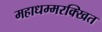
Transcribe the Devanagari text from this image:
महाधम्मरक्खित